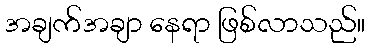
အချက်အချာ နေရာ ဖြစ်လာသည်။